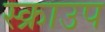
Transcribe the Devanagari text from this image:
स्क्राउप